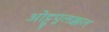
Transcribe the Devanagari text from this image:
ओट्टुपुलक्कल